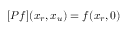
[ P f ] ( x _ { r } , x _ { u } ) = f ( x _ { r } , 0 )